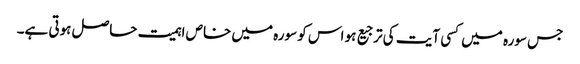
جس سورہ میں کسی آیت کی ترجیع ہو اس کو سورہ میں خاص اہمیت حاصل ہوتی ہے۔